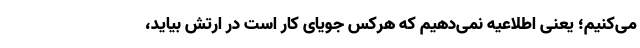
می‌کنیم؛ یعنی اطلاعیه نمی‌دهیم که هرکس جویای کار است در ارتش بیاید‌،